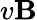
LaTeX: v\mathbf{B}